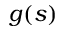
g ( s )